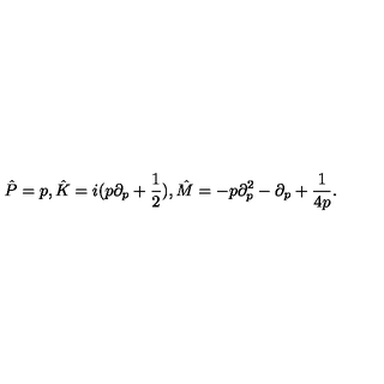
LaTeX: \hat { P } = p , \hat { K } = i ( p \partial _ { p } + \frac { 1 } { 2 } ) , \hat { M } = - p \partial _ { p } ^ { 2 } - \partial _ { p } + \frac { 1 } { 4 p } .